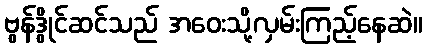
ဗွန်ဒွိုင်ဆင်သည် အဝေးသို့လှမ်းကြည့်နေဆဲ။